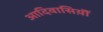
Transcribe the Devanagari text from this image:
आदिवासिय़ॊं